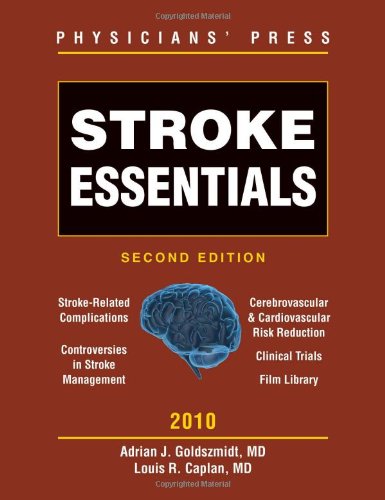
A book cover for Stroke Essentials 2010; Adrian J. Goldszmidt; Health, Fitness & Dieting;